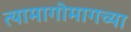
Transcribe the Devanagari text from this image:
त्यामागोमागच्या